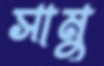
সামু